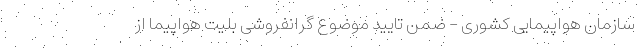
سازمان هواپیمایی کشوری - ضمن تایید موضوع گرانفروشی بلیت هواپیما از